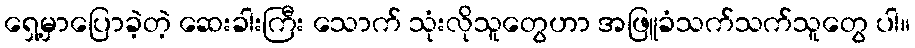
ရှေ့မှာပြောခဲ့တဲ့ ဆေးခါးကြီး သောက် သုံးလိုသူတွေဟာ အဖြူခံသက်သက်သူတွေ ပါ။